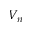
V _ { n }